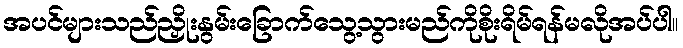
အပင်များသည်ညှိုးနွမ်းခြောက်သွေ့သွားမည်ကိုစိုးရိမ်ရန်မလိုအပ်ပါ။